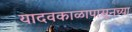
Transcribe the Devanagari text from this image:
यादवकाळापासूनच्या